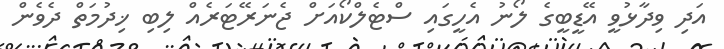
އަދި ވިދާޅުވީ އޭޑީބީގެ ލޯނު އެހީގައި ސްޓެލްކޯއަށް ޖެނަރޭޓަރެއް ލިބި ޚިދުމަތް ދެވެން